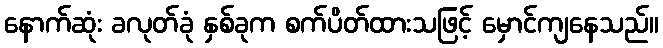
နောက်ဆုံး ခလုတ်ခုံ နှစ်ခုက စက်ပိတ်ထားသဖြင့် မှောင်ကျနေသည်။